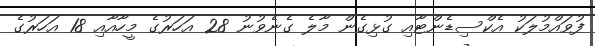
ފުވައްމުލަކު އެކްސިޑެންޓާއި ގުޅިގެން މާލެ ގެނެވުނު 28 އަހަރުގެ މީހާއާއި 18 އަހަރުގެ